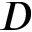
D